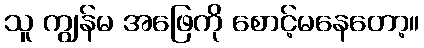
သူ ကျွန်မ အဖြေကို စောင့်မနေတော့။